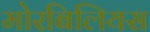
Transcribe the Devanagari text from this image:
मोरबिलियस